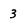
Character: 3